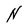
Character: N